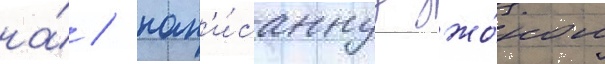
на́ / нап'и́саннуу джо́ном